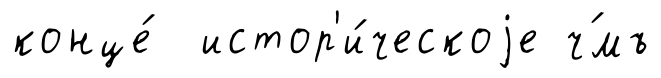
конце́ истор'и́ческоjе ч́мъ